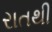
રાતથી